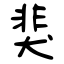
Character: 猆